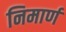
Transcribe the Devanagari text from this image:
निमार्ण